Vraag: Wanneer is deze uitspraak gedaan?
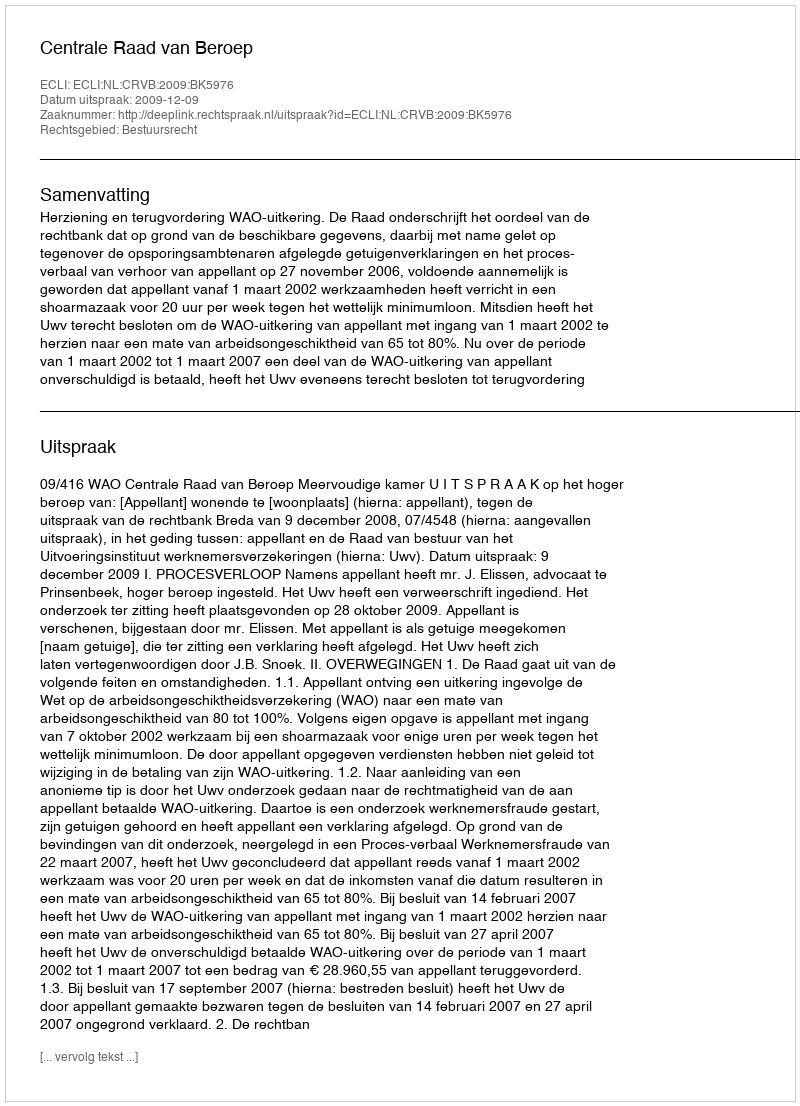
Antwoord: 2009-12-09